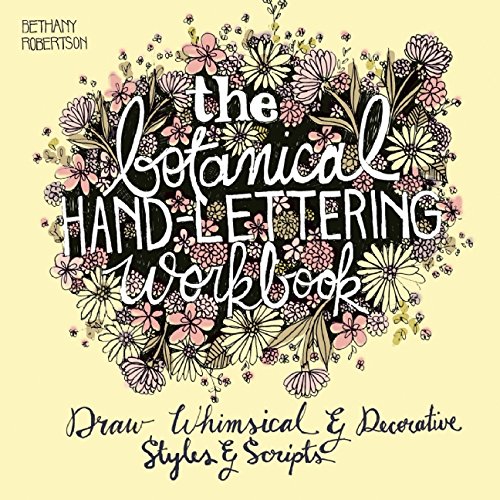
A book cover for The Botanical Hand Lettering Workbook: Draw Whimsical and Decorative Styles and Scripts; Bethany Robertson; Arts & Photography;